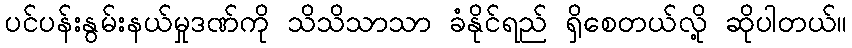
ပင်ပန်းနွမ်းနယ်မှုဒဏ်ကို သိသိသာသာ ခံနိုင်ရည် ရှိစေတယ်လို့ ဆိုပါတယ်။